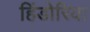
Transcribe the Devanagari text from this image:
हिंडोरिया